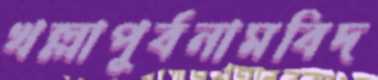
খল্লাপূর্বনামবিদ